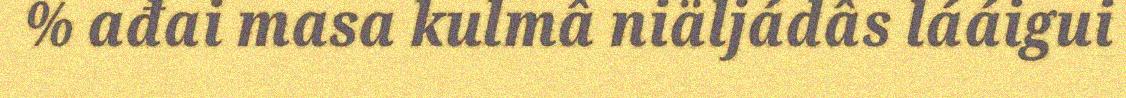
% ađai masa kulmâ niäljádâs lááigui